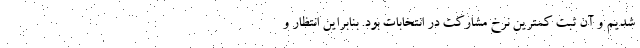
شدیم و آن ثبت کمترین نرخ مشارکت در انتخابات بود. بنابراین انتظار و